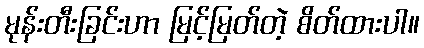
မုန်းတီးခြင်းဟာ မြင့်မြတ်တဲ့ စိတ်ထားပါ။